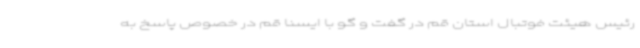
رئیس هیئت فوتبال استان قم در گفت و گو با ایسنا قم در خصوص پاسخ به